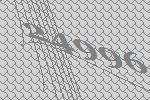
24996